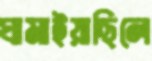
ঘামাইয়াছিলে